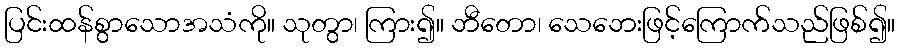
ပြင်းထန်စွာသောအသံကို။ သုတွာ၊ ကြား၍။ ဘီတော၊ သေဘေးဖြင့်ကြောက်သည်ဖြစ်၍။